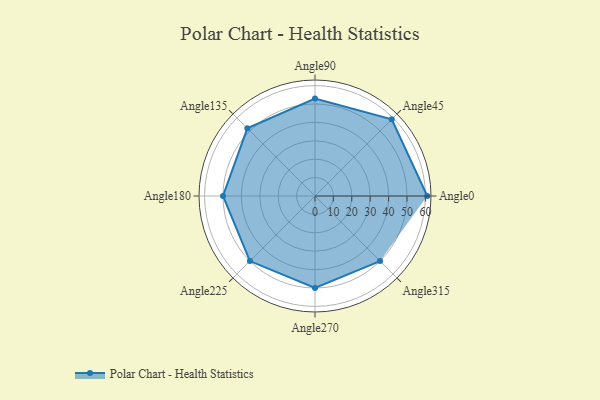
{"axis": {"x": "Angle", "y": "Radius"}, "legend": [""], "data": [{"x": "Angle0", "y": 61.0, "type": ""}, {"x": "Angle45", "y": 59.0, "type": ""}, {"x": "Angle90", "y": 53.0, "type": ""}, {"x": "Angle135", "y": 52.0, "type": ""}, {"x": "Angle180", "y": 50, "type": ""}, {"x": "Angle225", "y": 50, "type": ""}, {"x": "Angle270", "y": 50, "type": ""}, {"x": "Angle315", "y": 50, "type": ""}]}